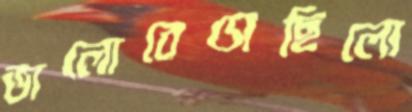
ভালোবেসেছিলো